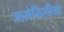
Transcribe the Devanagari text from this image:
जामेमिलीया